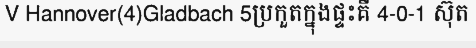
V Hannover(4)Gladbach 5ប្រកួតក្នុងផ្ទះគឺ 4-0-1 ស៊ុត